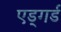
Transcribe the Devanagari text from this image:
एड्गर्ड